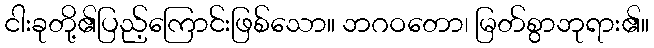
ငါးခုတို့၏ပြည့်ကြောင်းဖြစ်သော။ ဘဂဝတော၊ မြတ်စွာဘုရား၏။